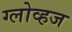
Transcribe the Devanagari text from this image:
ग्लोव्हज